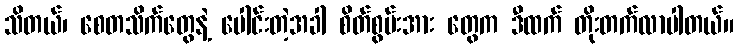
သိတယ်၊ စေတသိက်တွေနဲ့ ပေါင်းတဲ့အခါ စိတ်စွမ်းအား တွေက ဒီထက် တိုးတက်လာပါတယ်။